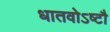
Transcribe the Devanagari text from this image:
धातवोऽष्टौ